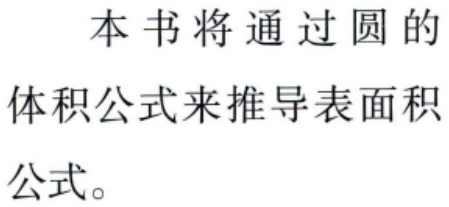
本书将通过圆的体积公式来推导表面积公式。